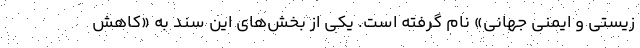
زیستی و ایمنی جهانی» نام گرفته است. یکی از بخش‌های این سند به «کاهش